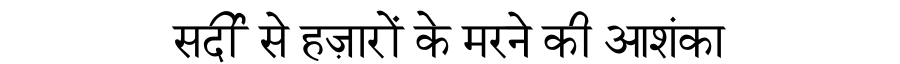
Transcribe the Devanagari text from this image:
सर्दी से हज़ारों के मरने की आशंका